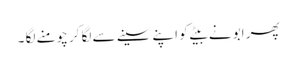
پھر ابو نے بیٹے کو اپنے سینے سے لگا کر چومنے لگا ۔